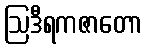
ဩဒီရကဇာတော